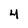
Character: 4